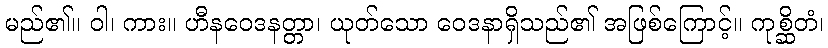
မည်၏။ ဝါ၊ ကား။ ဟီနဝေဒနတ္တာ၊ ယုတ်သော ဝေဒနာရှိသည်၏ အဖြစ်ကြောင့်။ ကုစ္ဆိတံ၊